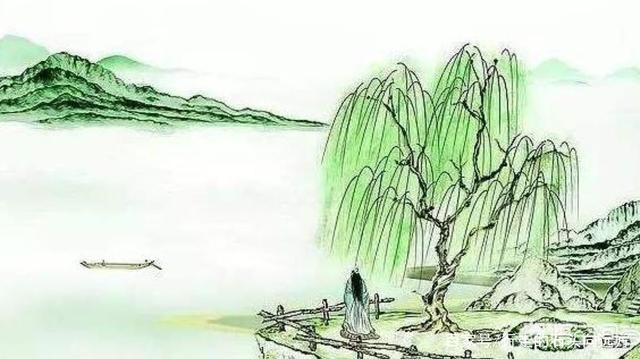
最是多情汴堤柳，春来依旧带栖鸦！